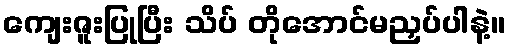
ကျေးဇူးပြုပြီး သိပ် တိုအောင်မညှပ်ပါနဲ့။